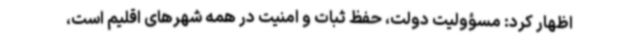
اظهار کرد: مسؤولیت دولت، حفظ ثبات و امنیت در همه شهرهای اقلیم است،